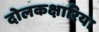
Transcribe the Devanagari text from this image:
दोलकक्षारिया